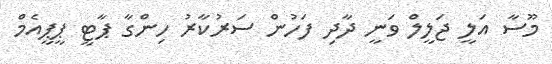
މޫސާ އަލީ ޖަލީލް ވަނީ ދާދި ފަހުން ސަރުކާރު ހިންގާ ޕާޓީ ޕީޕީއެމް